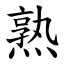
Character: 熟